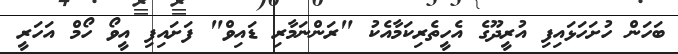
ބަހަން ހުށަހަޅައިފި އުރީދޫގެ އެހީތެރިކަމާއެކު "ރަންނަމާރި ޑައިވް" ފަށައިފި އީވޯ ހޯމް އަހަރީ